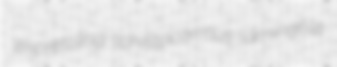
impressing schistocormus laminable